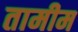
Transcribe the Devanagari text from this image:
तामीम